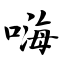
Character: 嗨